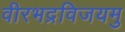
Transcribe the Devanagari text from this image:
वीरभद्रविजयमु